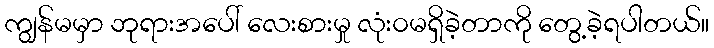
ကျွန်မမှာ ဘုရားအပေါ် လေးစားမှု လုံး၀မရှိခဲ့တာကို တွေ့ခဲ့ရပါတယ်။